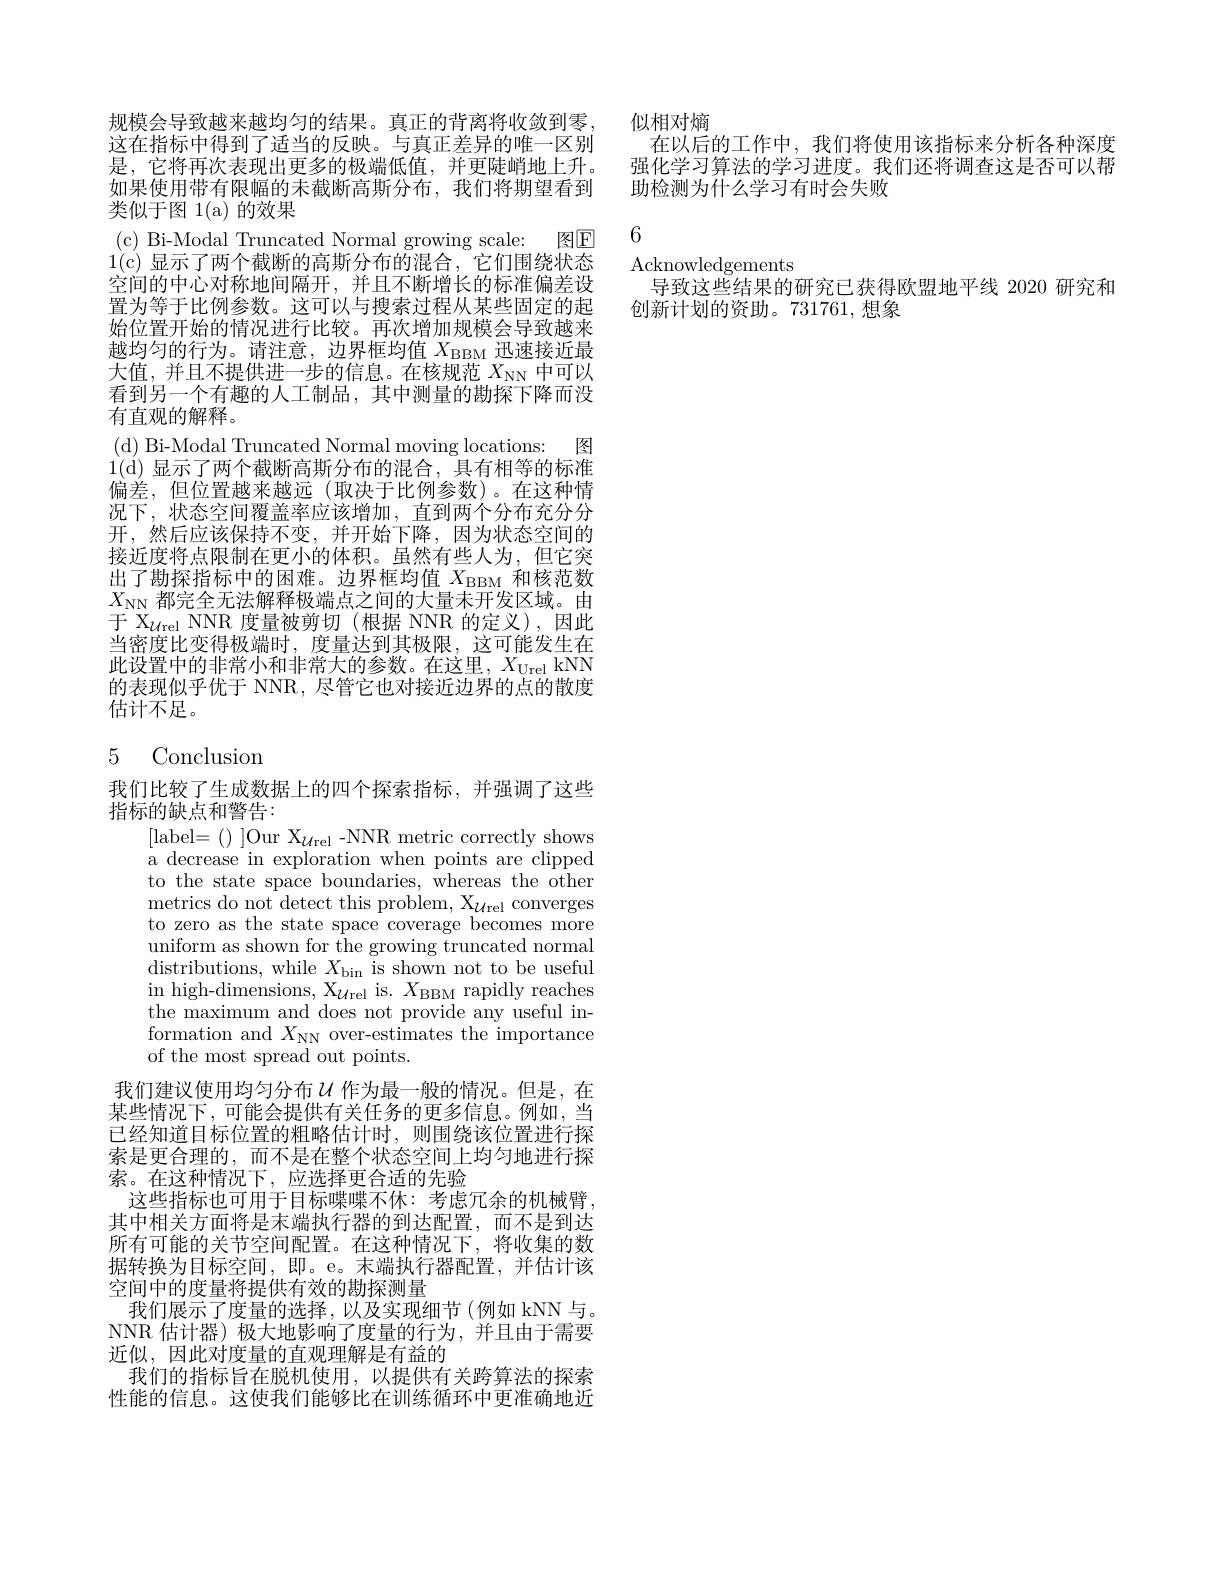
规模会导致越来越均匀的结果。真正的背离将收敛到零， 这在指标中得到了适当的反映。与真正差异的唯一区别是，它将再次表现出更多的极端低值，并更陡峭地上升。如果使用带有限幅的未截断高斯分布，我们将期望看到类似于图 1(a)的效果
(c) Bi-Modal Truncated Normal growing scale: 图E 1(c)显示了两个截断的高斯分布的混合，它们围绕状态空间的中心对称地间隔开，并且不断增长的标准偏差设置为等于比例参数。这可以与搜索过程从某些固定的起始位置开始的情况进行比较。再次增加规模会导致越来越均匀的行为。请注意，边界框均值$X_\mathrm{BBM}$迅速接近最大值，并且不提供进一步的信息。在核规范$X_\mathrm{NN}$中可以看到另一个有趣的人工制品，其中测量的勘探下降而没有直观的解释。
(d) Bi-Modal Truncated Normal moving locations: 图1(d)显示了两个截断高斯分布的混合，具有相等的标准偏差，但位置越来越远(取决于比例参数)。在这种情况下，状态空间覆盖率应该增加，直到两个分布充分分开，然后应该保持不变，并开始下降，因为状态空间的接近度将点限制在更小的体积。虽然有些人为，但它突出了勘探指标中的困难。边界框均值$X_\mathrm{BBM}$和核范数$X_{\mathrm{NN}}$都完全无法解释极端点之间的大量未开发区域。由于 X$_{\mathcal{U}\text{rel NNR 度量被剪切(根据 NNR 的定义),因此}}$ 当密度比变得极端时，度量达到其极限，这可能发生在此设置中的非常小和非常大的参数。在这里，$X_\mathrm{Urel}$ kNN 的表现似乎优于 NNR, 尽管它也对接近边界的点的散度估计不足。

## 5 Conclusion

我们比较了生成数据上的四个探索指标，并强调了这些
指标的缺点和警告：
[label=()]Our X$_\mathcal{U}$rel-NNR metric correctly shows a decrease in exploration when points are clipped to the state space boundaries, whereas the other metrics do not detect this problem, X$_{\mathcal{U}\text{rel}}$ converges to zero as the state space coverage becomes more uniform as shown for the growing truncated normal distributions,while $X_{\mathrm{bin~is~shown~not~to~be~useful}}$ in high-dimensions, X$_{\mathcal{U}\text{rel}}$ is. $X_{\mathrm{BBM}}$ rapidly reaches the maximum and does not provide any useful information and $X_{\mathrm{NN}}$ over-estimates the importance of the most spread out points.

我们建议使用均匀分布$u$ 作为最一般的情况。但是，在某些情况下，可能会提供有关任务的更多信息。例如，当已经知道目标位置的粗略估计时，则围绕该位置进行探索是更合理的，而不是在整个状态空间上均匀地进行探索。在这种情况下，应选择更合适的先验
这些指标也可用于目标喋喋不休：考虑冗余的机械臂， 其中相关方面将是末端执行器的到达配置，而不是到达所有可能的关节空间配置。在这种情况下，将收集的数据转换为目标空间，即。e。末端执行器配置，并估计该空间中的度量将提供有效的勘探测量
我们展示了度量的选择，以及实现细节(例如 kNN 与。NNR 估计器)极大地影响了度量的行为，并且由于需要近似，因此对度量的直观理解是有益的
我们的指标旨在脱机使用，以提供有关跨算法的探索性能的信息。这使我们能够比在训练循环中更准确地近

似相对熵
在以后的工作中，我们将使用该指标来分析各种深度

强化学习算法的学习进度。我们还将调查这是否可以帮
助检测为什么学习有时会失败

6

Acknowledgements
导致这些结果的研究已获得欧盟地平线 2020 研究和
创新计划的资助。731761,想象